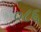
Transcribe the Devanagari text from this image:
०८६